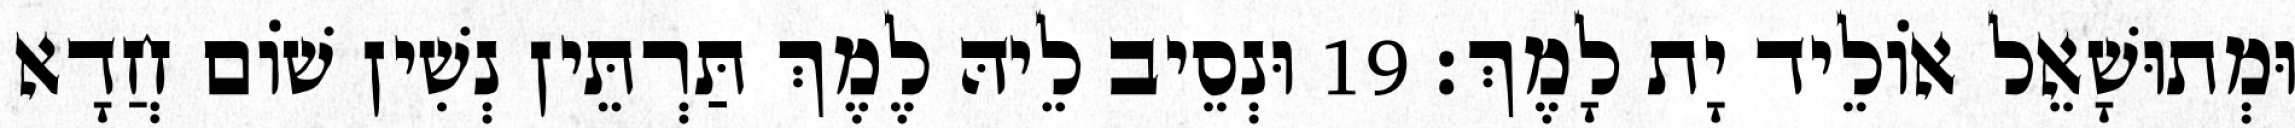
וּמְתוּשָׁאֵל אוֹלֵיד יָת לָמֶךְ׃ 19 וּנְסֵיב לֵיהּ לֶמֶךְ תַּרְתֵּין נְשִׁין שׁוֹם חֲדָא